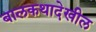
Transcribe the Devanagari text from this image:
बालकथादेखील